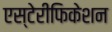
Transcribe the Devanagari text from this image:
एस्टेरीफिकेशन